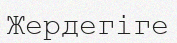
Жердегіге